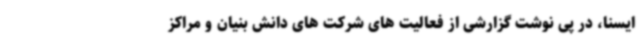
ایسنا، در پی نوشت گزارشی از فعالیت های شرکت های دانش بنیان و مراکز